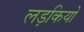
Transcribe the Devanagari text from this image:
लड़कियो